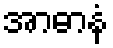
အာဓာနံ